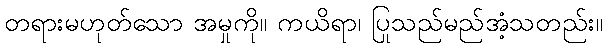
တရားမဟုတ်သော အမှုကို။ ကယိရာ၊ ပြုသည်မည်အံ့သတည်း။